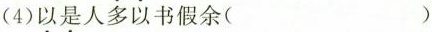
(4)\underset{·}{以}\underset{·}{是}人多以书假余( )